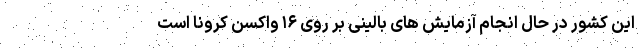
این کشور در حال انجام آزمایش های بالینی بر روی ۱۶ واکسن کرونا است